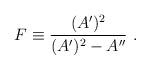
LaTeX: \begin{align*}F\equiv{{(A^\prime)^2}\over{(A^\prime)^2-A^{\prime\prime}}}~.\end{align*}